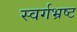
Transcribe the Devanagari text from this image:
स्वर्गभ्रष्ट